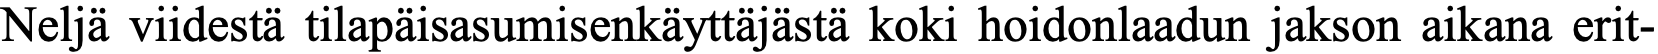
Neljä viidestä tilapäisasumisenkäyttäjästä koki hoidonlaadun jakson aikana erit-